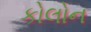
કોલોન